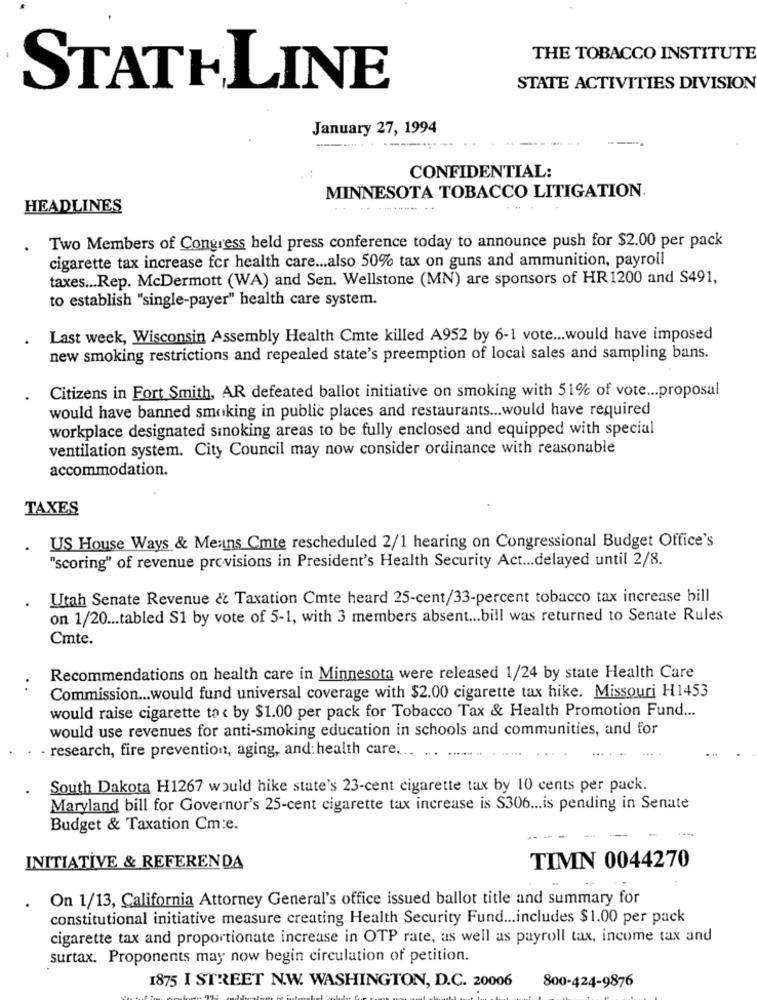
THE TOBACCO INSTITUTE
STATELINE
STATE ACTIVITIES DIVISION
January 27, 1994
CONFIDENTIAL:
MINNESOTA TOBACCO LITIGATION.
HEADLINES
.. .. .........
Two Members of Congress held press conference today to announce push for $2.00 per pack
cigarette tax increase for health care ... also 50% tax on guns and ammunition, payroll
taxes ... Rep. McDermott (WA) and Sen. Wellstone (MN) are sponsors of HR1200 and S491,
to establish "single-payer" health care system.
Last week, Wisconsin Assembly Health Cmte killed A952 by 6-1 vote ... would have imposed
new smoking restrictions and repealed state's preemption of local sales and sampling bans.
Citizens in Fort Smith, AR defeated ballot initiative on smoking with 51% of vote ... proposal
would have banned smoking in public places and restaurants ... would have required
workplace designated smoking areas to be fully enclosed and equipped with special
ventilation system. City Council may now consider ordinance with reasonable
accommodation.
TAXES
US House Ways & Means Cmte rescheduled 2/1 hearing on Congressional Budget Office's
"scoring" of revenue provisions in President's Health Security Act ... delayed until 2/8.
Utah Senate Revenue & Taxation Cmte heard 25-cent/33-percent tobacco tax increase bill
on 1/20 ... tabled S1 by vote of 5-1, with 3 members absent ... bill was returned to Senate Rules
Cmte.
Recommendations on health care in Minnesota were released 1/24 by state Health Care
Commission ... would fund universal coverage with $2.00 cigarette tax hike. Missouri H1453
would raise cigarette to < by $1.00 per pack for Tobacco Tax & Health Promotion Fund ...
would use revenues for anti-smoking education in schools and communities, and for
· research, fire prevention, aging, and: health care ... ...
South Dakota H1267 would hike state's 23-cent cigarette tax by 10 cents per pack.
Maryland bill for Governor's 25-cent cigarette tax increase is S306 ... is pending in Senate
Budget & Taxation Cm:e.
TIMN 0044270
INITIATIVE & REFERENDA
On 1/13, California Attorney General's office issued ballot title and summary for
constitutional initiative measure creating Health Security Fund ... includes $1.00 per pack
cigarette tax and proportionate increase in OTP rate, as well as payroll tax, income tax and
surtax. Proponents may now begin circulation of petition.
800-424-9876
1875 I STREET N.W. WASHINGTON, D.C. 20006